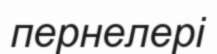
пернелері